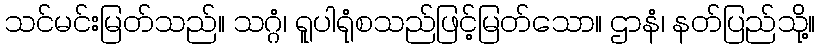
သင်မင်းမြတ်သည်။ သဂ္ဂံ၊ ရူပါရုံစသည်ဖြင့်မြတ်သော။ ဌာနံ၊ နတ်ပြည်သို့။